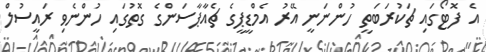
އެ ފޮޓޯގައި ޗަކުރަބަތީ ހުންނަނީ އޭރު އެމްޑީޕީގެ ޗެއާޕާސަންގެ ގޮތުގައި ހުންނެވި ރައީސުލް